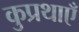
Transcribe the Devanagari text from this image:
कुप्रथाएँ